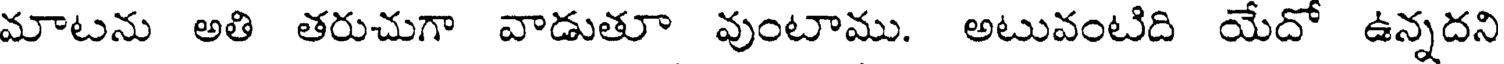
మాటను అతి తరుచుగా వాడుతూ వుంటాము. అటువంటిది యేదో ఉన్నదని